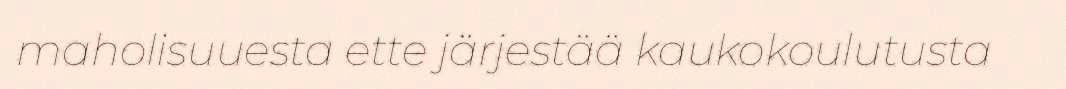
maholisuuesta ette järjestää kaukokoulutusta